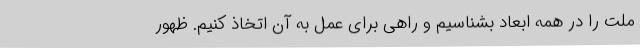
ملت را در همه ابعاد بشناسیم و راهی برای عمل به آن اتخاذ کنیم. ظهور